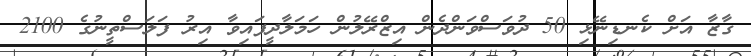
ގާޒާ އަށް ކެނޑިނޭޅި 50 ދުވަސްވަންދެން އިޒްރޭލުން ހަމަލާދީފައިވާ އިރު ފަލަސްތީނުގެ 2100